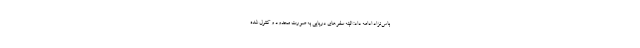
باس‌نژاد ادامه داد: البته سفرهای دریایی به صورت محدود و کنترل شده